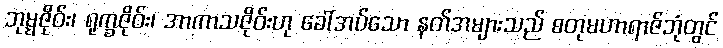
ဘုမ္မဇိုဝ်း၊ ရုက္ခဇိုဝ်း၊ အာကာသဇိုဝ်းဟု ခေါ်အပ်သော နတ်အများသည် စတုမဟာရာဇ်ဘုံတွင်